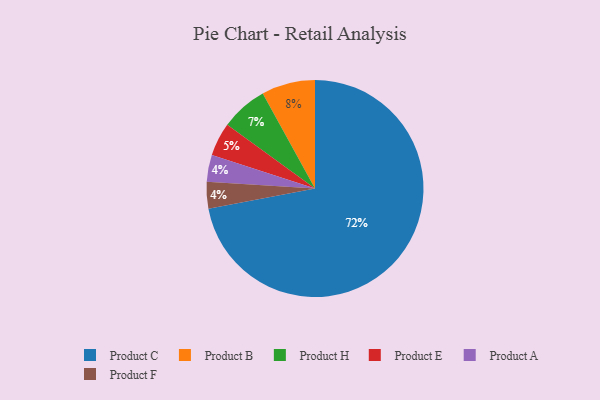
{"axis": {"x": "Category", "y": "Percentage"}, "legend": ["Product A", "Product B", "Product C", "Product E", "Product F", "Product H"], "data": [{"x": "Product A", "y": 4, "type": "Product A"}, {"x": "Product F", "y": 4, "type": "Product F"}, {"x": "Product E", "y": 5, "type": "Product E"}, {"x": "Product H", "y": 7, "type": "Product H"}, {"x": "Product C", "y": 72, "type": "Product C"}, {"x": "Product B", "y": 8, "type": "Product B"}]}